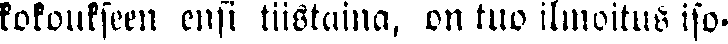
kokoukseen ensi tiistaina, on tuo ilmoitus iso-